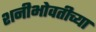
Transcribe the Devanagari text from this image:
शनीभोवतीच्या